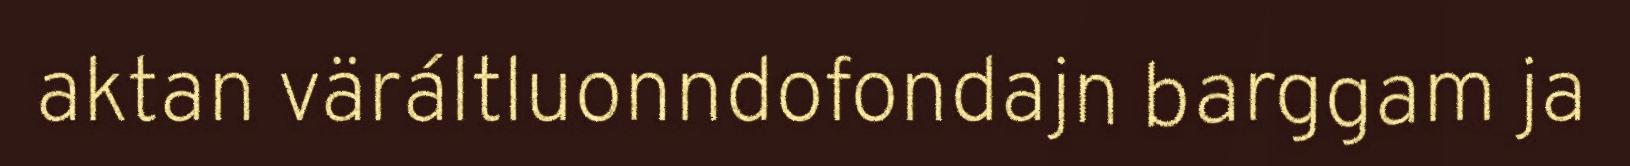
aktan väráltluonndofondajn barggam ja